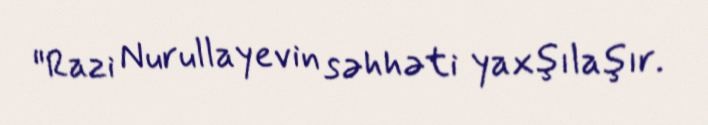
"Razi Nurullayevin səhhəti yaxşılaşır.